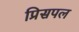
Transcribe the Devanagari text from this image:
प्रिसपल